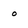
Character: o